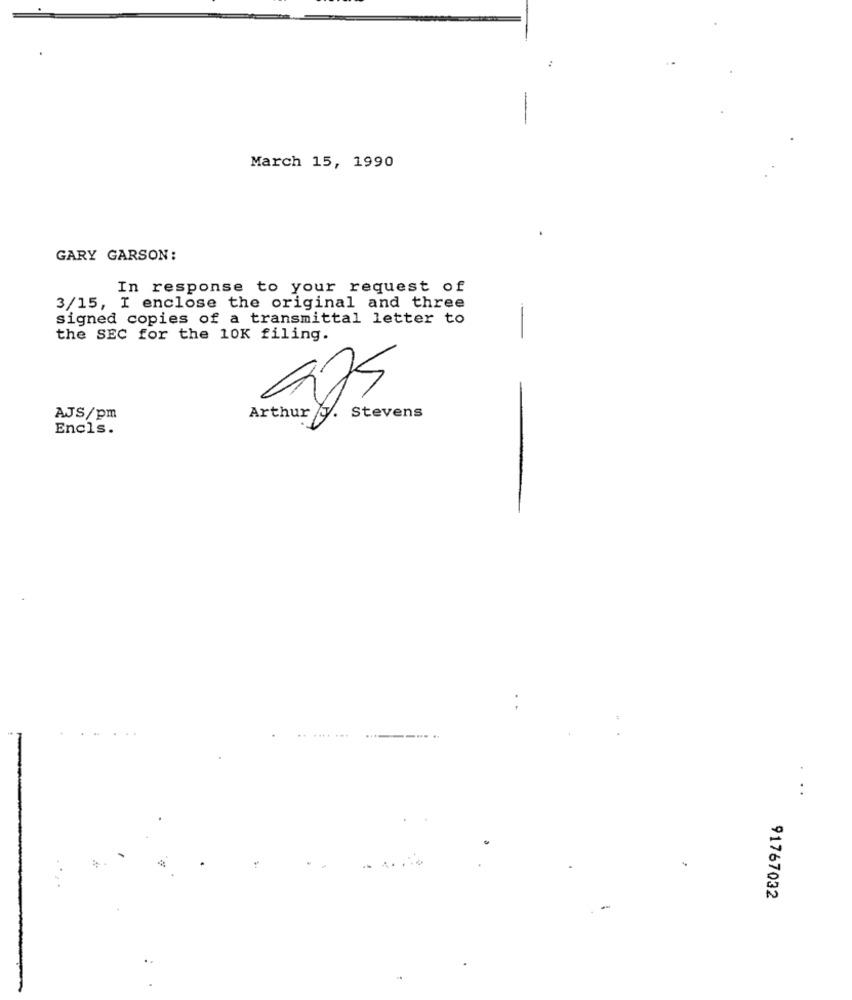
March 15, 1990
GARY GARSON:
In response to your request of
3/15, I enclose the original and three
signed copies of a transmittal letter to
the SEC for the 10K filing.
AJS/pm
Arthur y. Stevens
Encls.
..
91767032
-